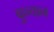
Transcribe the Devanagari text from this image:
बुन्यान